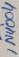
Text: IN4004